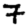
Digit: 7